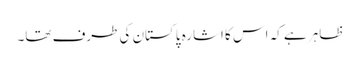
ظاہر ہے کہ اس کا اشارہ پاکستان کی طرف تھا۔